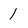
Character: I